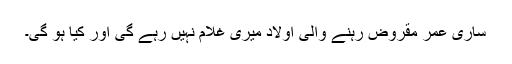
ساری عمر مقروض رہنے والی اولاد میری غلام نہیں رہے گی اور کیا ہو گی۔